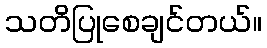
သတိပြုစေချင်တယ်။